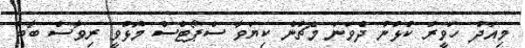
މިއަދު ހަވީރު ކުޅުނު ދެވަނަ މެޗުން ކިޔަވާ ސްޕޯޓްސް މޮޅުވީ ރިވާސް ބާބާ